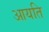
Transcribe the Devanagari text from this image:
आयति